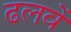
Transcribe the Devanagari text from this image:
ढलवें